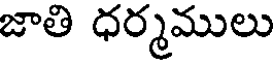
జాతి ధర్మములు